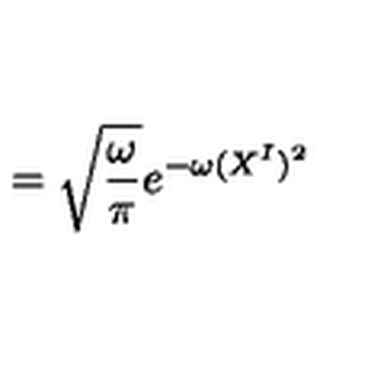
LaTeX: = \sqrt { \frac { \omega } { \pi } } e ^ { - \omega ( X ^ { I } ) ^ { 2 } }